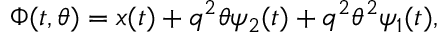
\Phi ( t , \theta ) = x ( t ) + q ^ { 2 } \theta \psi _ { 2 } ( t ) + q ^ { 2 } \theta ^ { 2 } \psi _ { 1 } ( t ) ,